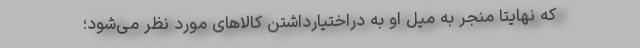
که نهایتا منجر به میل او به دراختیارداشتنِ کالاهای مورد نظر می‌شود؛